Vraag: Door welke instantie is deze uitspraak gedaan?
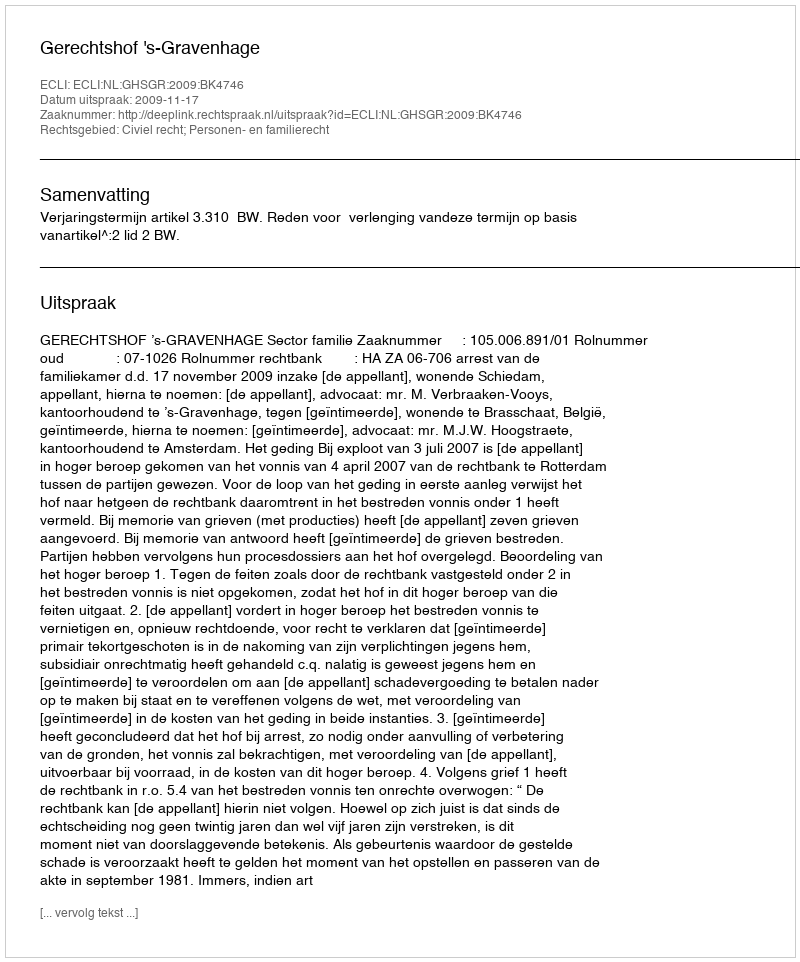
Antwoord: Gerechtshof 's-Gravenhage